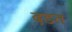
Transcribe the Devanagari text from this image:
दडत